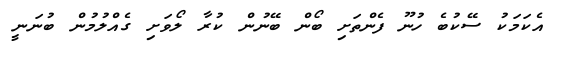
އެކަމަކު ސޭކުބެ ހުނޫ ފެންތަށި ބޯން ބޭނުން ކުރާ ލޯވަށި ގެއްލުމުން ބުނަނީ